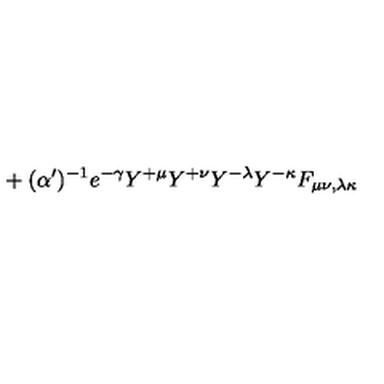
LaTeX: { } + ( \alpha ^ { \prime } ) ^ { - 1 } e ^ { - \gamma } Y ^ { + \mu } Y ^ { + \nu } Y ^ { - \lambda } Y ^ { - \kappa } F _ { \mu \nu , \lambda \kappa }